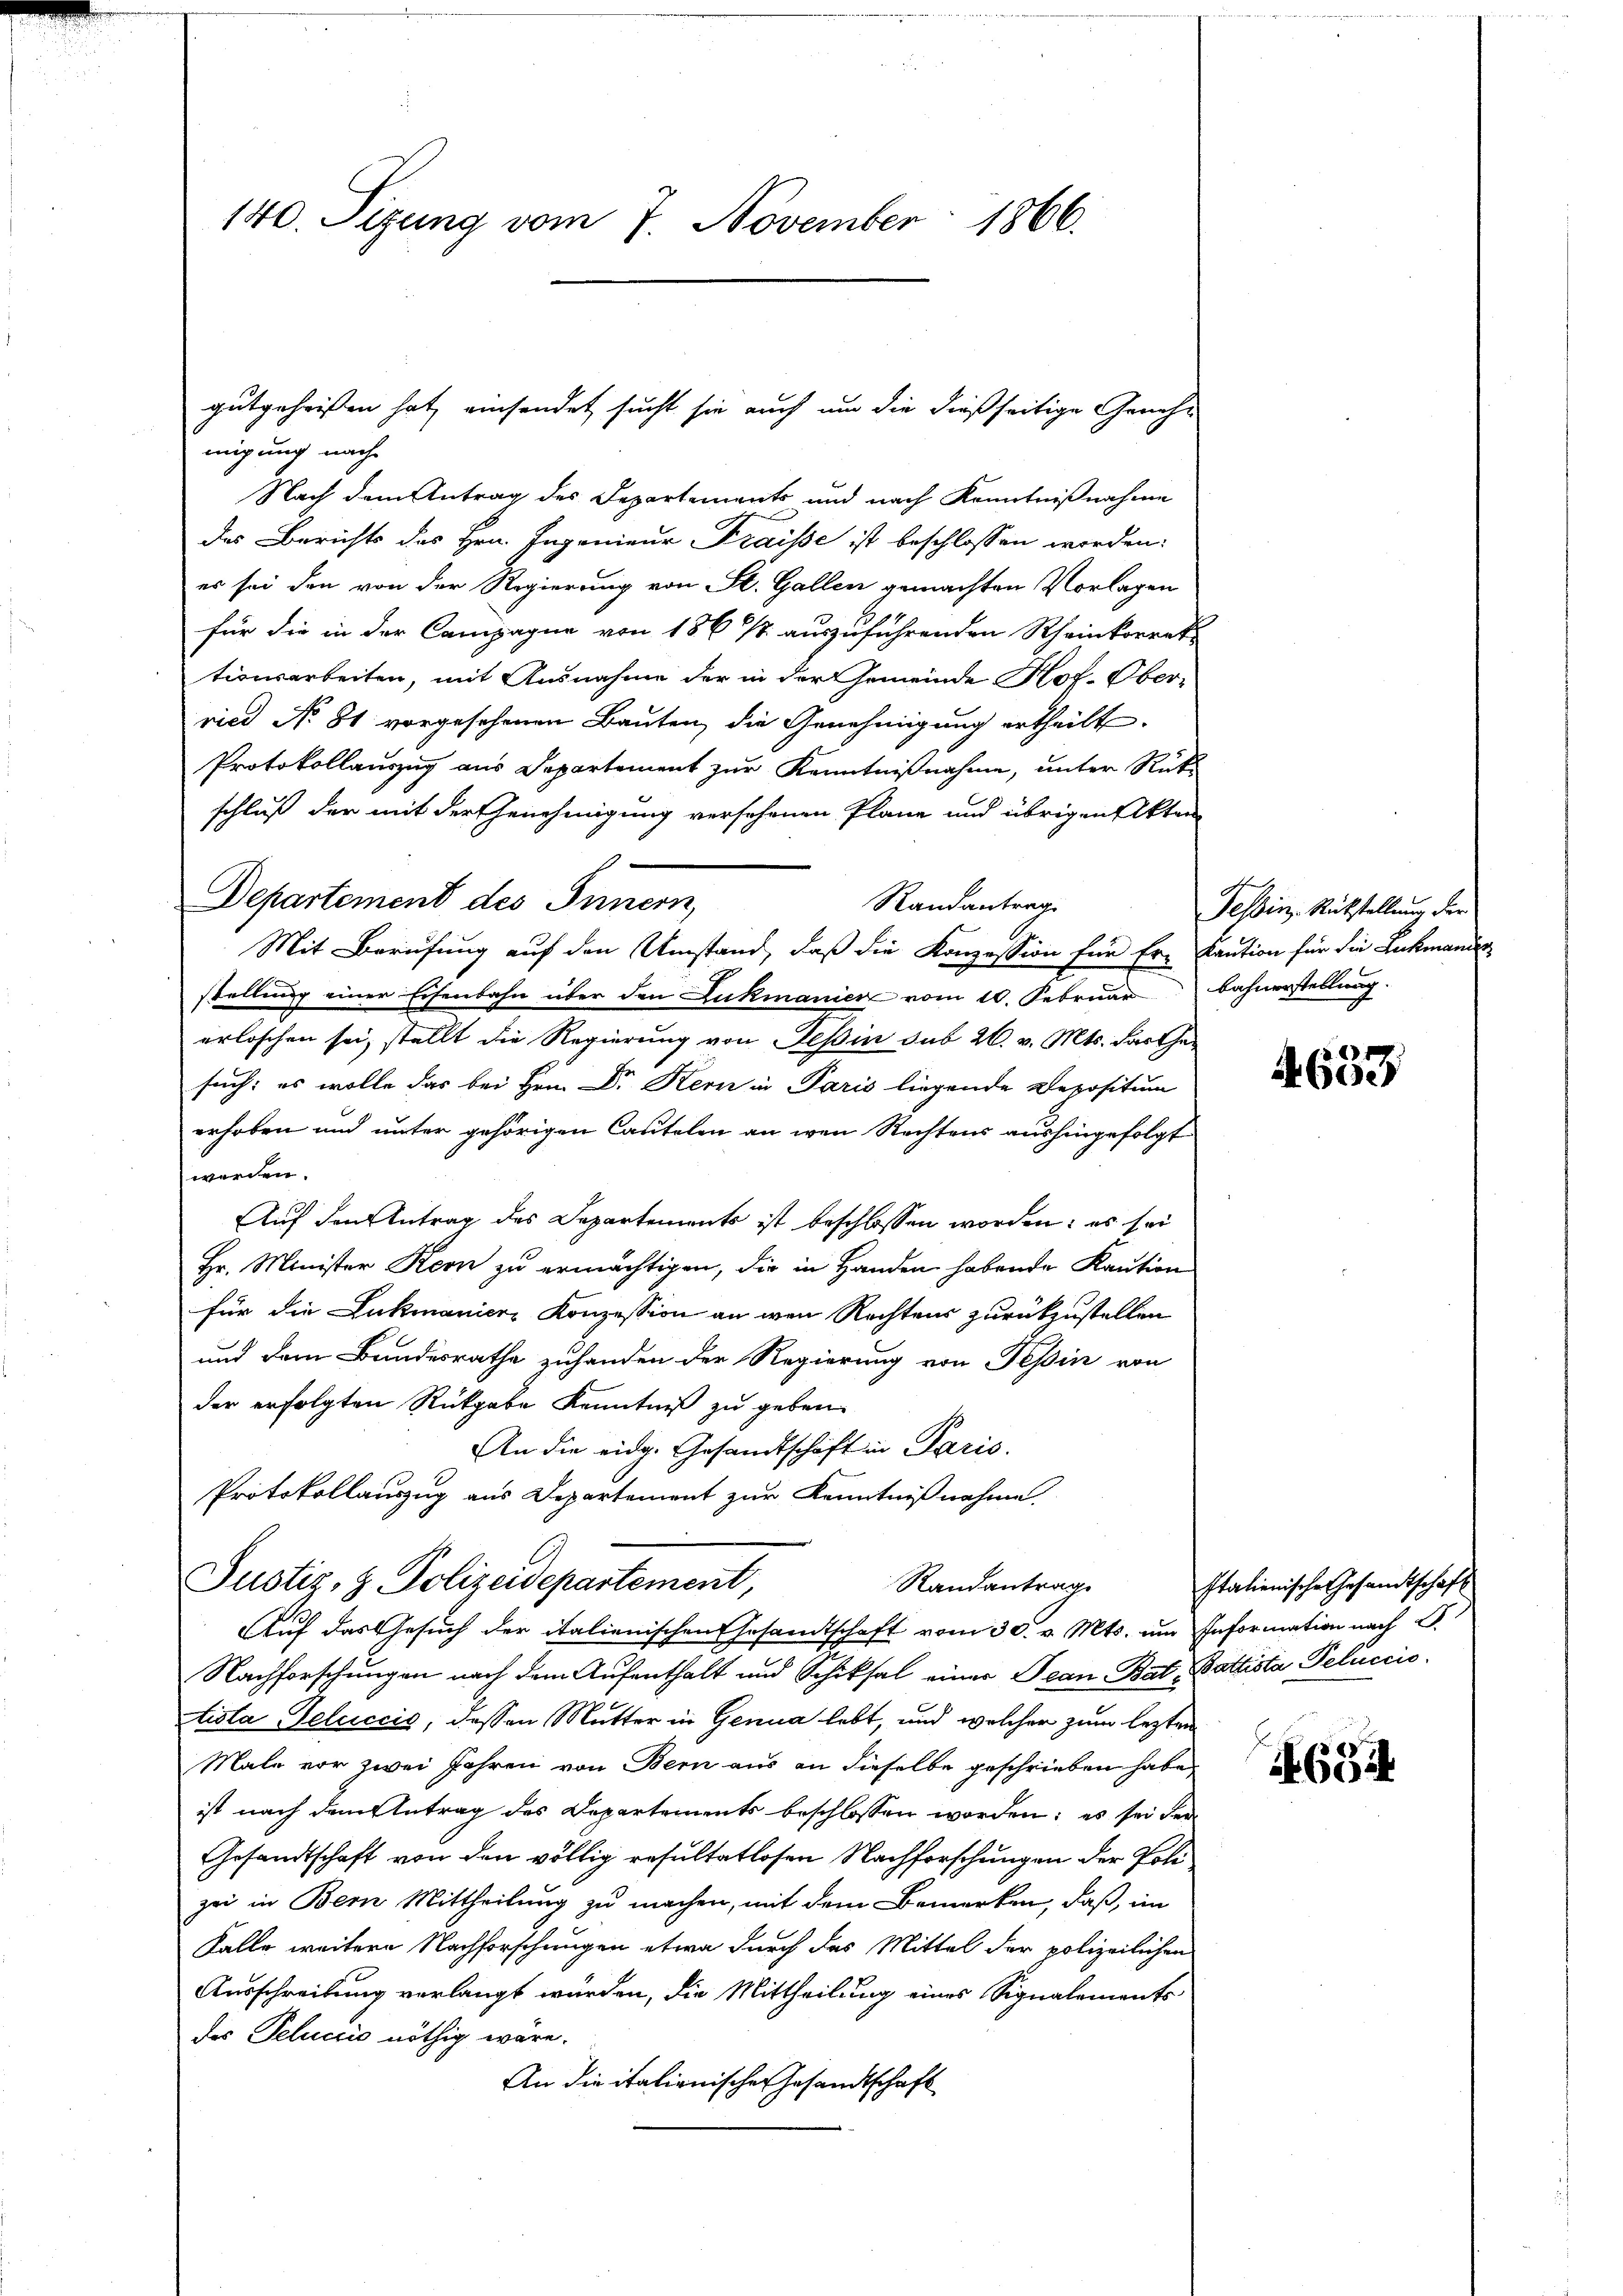
140. Sizung vom 7. November 1866.

migung nach
Nach dem Antrag des Departements und nach Kenntnißnahme
des Berichts des Hrn. Ingenieur Fraisse ist beschlossen worden:
es sei den von der Regierung von St. Gallen gemachten Vorlagen
für die in der Campagne von 186 1/2 auszuführenden Rheinkorrek
tionsarbeiten, mit Ausnahme der in der Gemeinde Hof-Ober-
ried No 81 vorgesehenen Bauten, die Genehmigung ertheilt.
Protokollauszug aus Departement zur Kenntnißnahme, unter Rückschluß der mit der Genehmigung versehenen Pläne und übrigen Akten
Departement des Innern,
Randantrag
stellung einer Eisenbahn über den Lukmanier vom 10. Februar Bahnerstellung
erloschen sei, stellt die Regierung von Tessin sub 26. v. Mts. darthe
such: es wolle das bei Hrn. Dr Kern in Paris liegende Depositum
erhoben und unter gehörigen Cautelen an wen Rechtens aushingefolgt
werden.
Auf den Antrag des Departements ist beschlossen worden; es sei
Hr. Minister Reon zu ermächtigen, die in Handen habende Kaution
für die Lukmanien Konzession an wen Rechtens zurückzustellen
und dem Bundesrathe zuhanden der Regierung von Tessin von
der erfolgten Rückgabe Kenntniß zu geben.
An die eidg. Gesandtschaft in Paris.
Protokollauszug aus Departement zur Kenntnißnahme.
Justiz- & Polizeidepartement,
Randantrag
Auf das Gesuch der italienischen Gesandtschaft vom 30. v. Mts. um Information nach S.
Nachforschungen nach dem Aufenthalt und Schiksal einer Jean Bat. Bottista Peluccio.
tisla Telciccis, dessen Mutter in Genua lebt, und welcher zum lezten
Male vor zwei Jahren von Bern aus an dieselbe geschrieben habe,
ist nach dem Antrag des Departements beschlossen worden; es sei der
Gesandtschaft von den völlig resultatlosen Nachforschungen der Polizei in Bern Mittheilung zu machen, mit dem Bemerken, daß im
Falle weitere Nachforschungen etwa durch das Mittel der polizeilichen
Ausschreibung verlangt wurden, die Mittheilung eines Signalements-
des Pelucio nöthig wäre.
An die italionischen Gesandtschaft

gutgeheissen hat, einsendet sucht sie auch um die dießseitige Geneh¬

Mit Berufung auf den Umstand, daß die Konzession für Er- Kaution für die Lukmandes

she
Tessin Rückstellung der

4653

Italienische Gesandtschaft

64